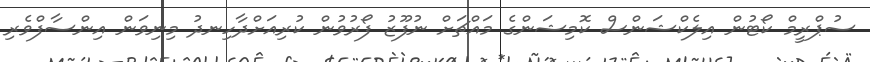
ސުޕްރީމް ކޯޓުން އިލެކްޝަންސް ކޮމިޝަންގެ މައްޗަށް ނުފޫޒު ފޯރުވުން ކުރިއަށްދާހިނދު މިނިވަން އިންސާފްވެރި